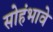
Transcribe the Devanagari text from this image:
सोहंभावे